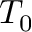
T _ { 0 }